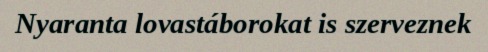
Nyaranta lovastáborokat is szerveznek